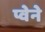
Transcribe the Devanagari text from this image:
प्वेने